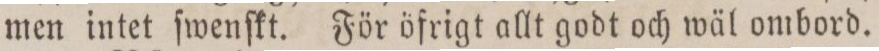
men intet ſwenſkt. För öfrigt allt godt och wäl ombord.